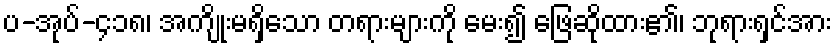
ပ-အုပ်-၄၁၈၊ အကျိုးမရှိသော တရားများကို မေး၍ ဖြေဆိုထား၏၊ ဘုရားရှင်အား